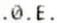
.0.E.